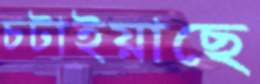
চটাইয়াছে